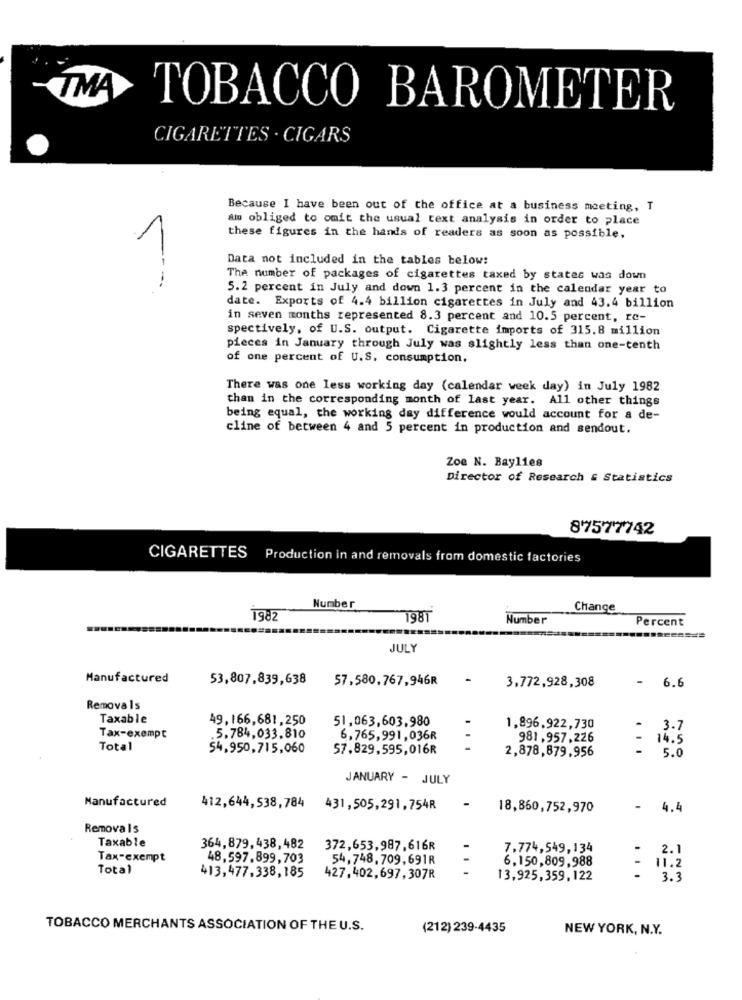
TMA
TOBACCO BAROMETER
CIGARETTES . CIGARS
Because I have been out of the office at a business meeting, T
am obliged to omit the usual text analysis in order to place
1
these figures in the hands of readers as soon as possible.
Data not included in the tables below:
The number of packages of cigarettes taxed by states was down
5.2 percent in July and down 1.3 percent in the calendar year to
date. Exports of 4.4 billion cigarettes in July and 43.4 billion
in seven months represented 8.3 percent and 10.5 percent, re-
spectively, of U.S. output. Cigarette imports of 315.8 million
pieces in January through July was slightly less than one-tenth
of one percent of U.S. consumption.
There was one less working day (calendar week day) in July 1982
than in the corresponding month of last year. All other things
being equal, the working day difference would account for a de-
cline of between 4 and 5 percent in production and sendout.
Zoe N. Baylies
Director of Research & Statistics
87577742
CIGARETTES Production in and removals from domestic factories
Number
Change
1982
198T
Number
Percent
JULY
Manufactured
53,807,839,638
57,580.767,946R
3.772,928,308
6.6
Removals
Taxable
49,166,681, 250
51,063,603.980
1,896.922,730
3.7
Tax-exempt
.5.784,033,810
6.765,991,036R
981.957.226
-
14.5
Total
54.950,715,060
57.829,595,016R
...
2,878,879,956
5.0
JANUARY - JULY
Manufactured
412,644,538,784
431,505,291,754R
18,860,752,970
- 4.4
Removals
Taxable
364,879,438,482
372,653.987.616R
7,774,549,134
7 2.1
Tax-exempt
48,597.899,703
54,748.709,691R
6,150,809.988
Total
413,477,338,185
.
- 11.2
427,402,697,307R
13,925,359, 122
-
3.3
TOBACCO MERCHANTS ASSOCIATION OF THE U.S.
(212) 239-4435
NEW YORK, N.Y.